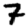
Digit: 7